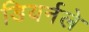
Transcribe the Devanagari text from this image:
डियर्नले